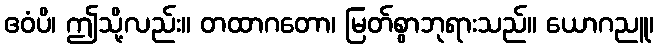
ဧဝံပိ၊ ဤသို့လည်း။ တထာဂတော၊ မြတ်စွာဘုရားသည်။ ယောဂညူ၊